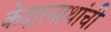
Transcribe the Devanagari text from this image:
केदारनाथांची